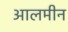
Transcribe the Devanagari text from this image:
आलमीन